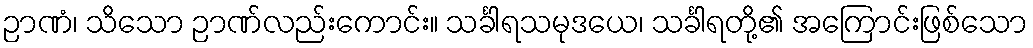
ဉာဏံ၊ သိသော ဉာဏ်လည်းကောင်း။ သင်္ခါရသမုဒယေ၊ သင်္ခါရတို့၏ အကြောင်းဖြစ်သော